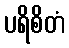
ပရိစိတံ